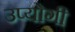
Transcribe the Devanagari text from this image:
उप्योगी